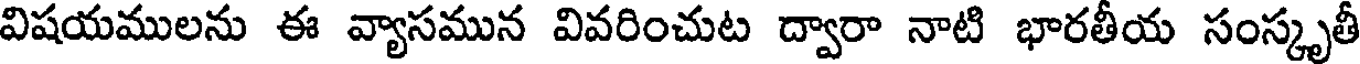
విషయములను ఈ వ్యాసమున వివరించుట ద్వారా నాటి భారతీయ సంస్కృతీ